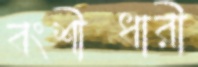
বংশীধারী